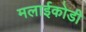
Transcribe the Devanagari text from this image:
मलाईकोडी